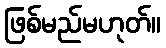
ဖြစ်မည်မဟုတ်။